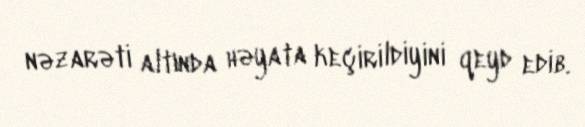
nəzarəti altında həyata keçirildiyini qeyd edib.